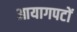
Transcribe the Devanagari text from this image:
आयागपटों